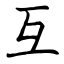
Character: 互